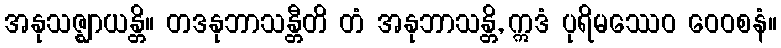
အနုသဇ္ဈာယန္တိ။ တဒနုဘာသန္တီတိ တံ အနုဘာသန္တိ, ဣဒံ ပုရိမဿေဝ ဝေဝစနံ။